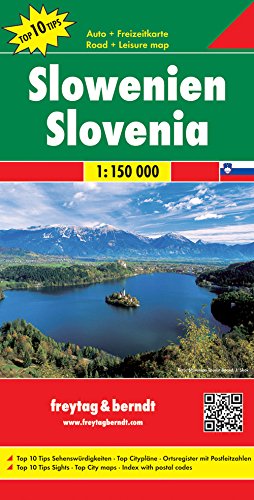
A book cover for Slovenia ; 1/150.000 (English, French, German, Italian and Spanish Edition); fb; Travel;